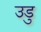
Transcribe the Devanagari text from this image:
उडु